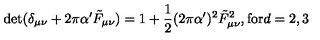
\mathrm { d e t } ( \delta _ { \mu \nu } + 2 \pi \alpha ^ { \prime } \tilde { F } _ { \mu \nu } ) = 1 + \frac { 1 } { 2 } ( 2 \pi \alpha ^ { \prime } ) ^ { 2 } \tilde { F } _ { \mu \nu } ^ { 2 } , \mathrm { f o r } d = 2 , 3